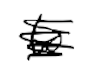
Text: to
Cross-out: scratch
Writing tool: digital_black